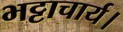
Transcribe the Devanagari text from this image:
भट्टाचार्य।